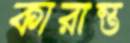
কারান্ত